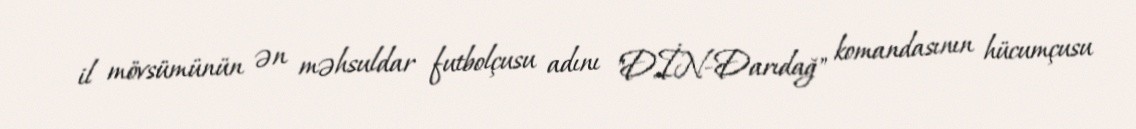
il mövsümünün ən məhsuldar futbolçusu adını "DİN-Darıdağ" komandasının hücumçusu